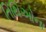
તિથિઓના